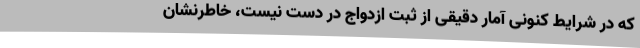
که در شرایط کنونی آمار دقیقی از ثبت ازدواج در دست نیست، خاطرنشان